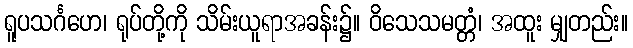
ရူပသင်္ဂဟေ၊ ရုပ်တို့ကို သိမ်းယူရာအခန်း၌။ ဝိသေသမတ္တံ၊ အထူး မျှတည်း။